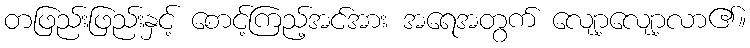
တဖြည်းဖြည်းနှင့် စောင့်ကြည့်အင်အား အရေအတွက် လျော့လျော့လာ၏။